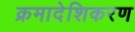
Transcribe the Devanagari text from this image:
क्रमादेशिकरण